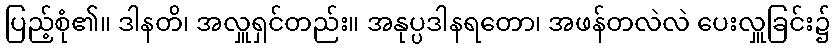
ပြည့်စုံ၏။ ဒါနတိ၊ အလှူရှင်တည်း။ အနုပ္ပဒါနရတော၊ အဖန်တလဲလဲ ပေးလှူခြင်း၌